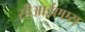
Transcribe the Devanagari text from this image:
सीआईएएस